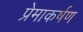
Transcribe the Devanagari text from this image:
प्रेमाकर्षण